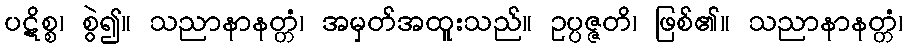
ပဋိစ္စ၊ စွဲ၍။ သညာနာနတ္တံ၊ အမှတ်အထူးသည်။ ဥပ္ပဇ္ဇတိ၊ ဖြစ်၏။ သညာနာနတ္တံ၊